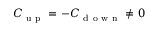
C _ { \mathrm { ~ u ~ p ~ } } = - C _ { \mathrm { ~ d ~ o ~ w ~ n ~ } } \neq 0